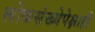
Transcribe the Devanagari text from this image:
लोकसंख्येपेक्षाही